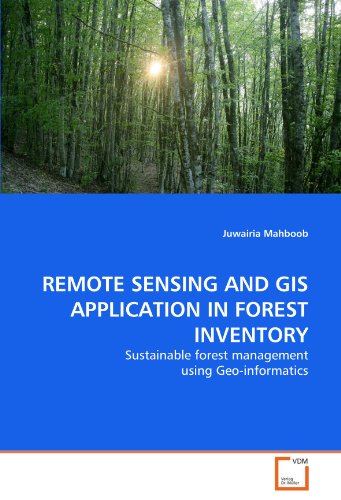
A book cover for REMOTE SENSING AND GIS APPLICATION IN FOREST INVENTORY: Sustainable forest management using Geo-informatics (German Edition); Juwairia Mahboob; Engineering & Transportation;